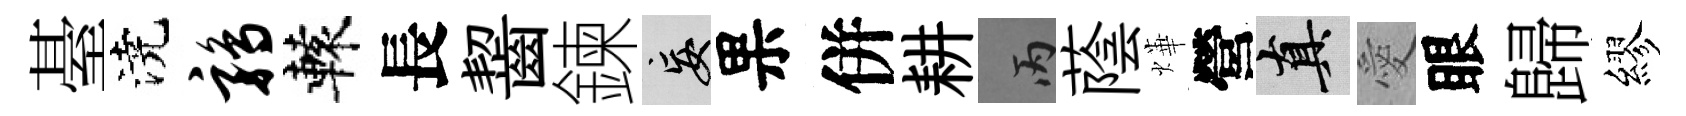
䑓澆鹑轅長齧鍊妄果併耕丙蔭燁營真愛眼歸繆